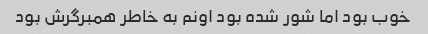
خوب بود اما شور شده بود اونم به خاطر همبرگرش بود